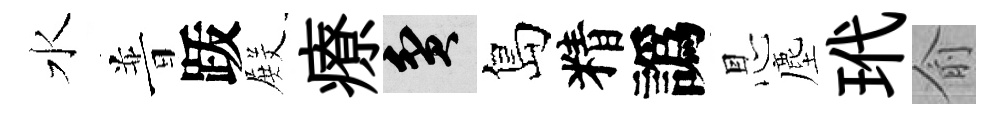
水普䟦𭮺療貧島精譌㤙塵玳俞